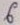
Text: 6